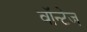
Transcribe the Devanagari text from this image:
वॉन्टेज